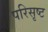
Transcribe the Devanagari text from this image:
परिसृष्ट